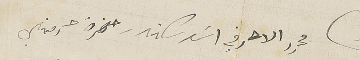
محرر الاحرفي اسَد سكندر حضرة حرمتهي